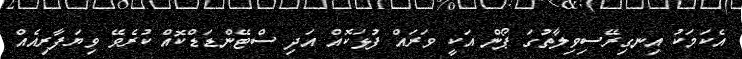
އެކަމަކު އިނގިރޭސިވިލާތުގަ ޕޯން އަކީ ވަރައް ފުޅަކޮއް އަދި ސްޓޭންޑަޑްކޮއް ކުރެވޭ ވިޔަފާރިއެއް